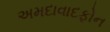
અમદાવાદફોન